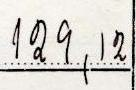
129,12